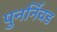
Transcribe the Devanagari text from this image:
पुनर्निवड